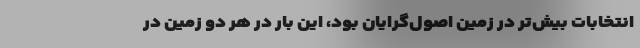
انتخابات بیش‌تر در زمین اصول‌گرایان بود، این بار در هر دو زمین در